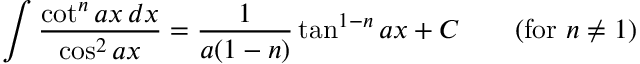
\int { \frac { \cot ^ { n } a x \, d x } { \cos ^ { 2 } a x } } = { \frac { 1 } { a ( 1 - n ) } } \tan ^ { 1 - n } a x + C \qquad { \mathrm { ( f o r ~ } } n \neq 1 { \mathrm { ) } }